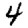
Digit: 4